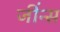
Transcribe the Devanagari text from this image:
जींन्स